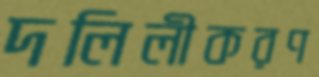
দলিলীকরণ